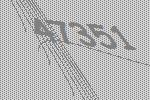
47351